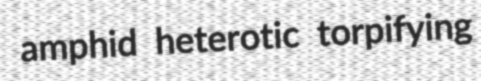
amphid heterotic torpifying